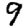
Digit: 9